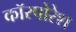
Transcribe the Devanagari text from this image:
कॉरपोरेश